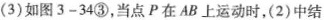
(3)如图3-34③，当点P在AB上运动时，(2)中结